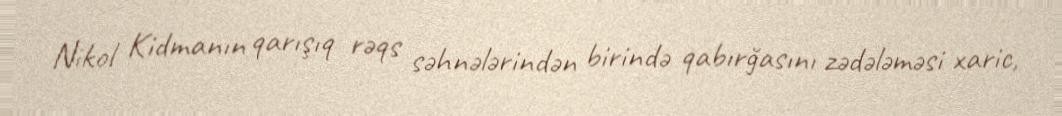
Nikol Kidmanın qarışıq rəqs səhnələrindən birində qabırğasını zədələməsi xaric,